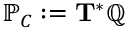
\mathbb { P } _ { C } : = \mathbf { T } ^ { * } \mathbb { Q }